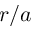
r / a